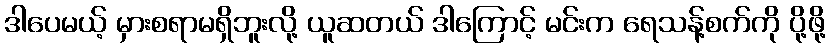
ဒါပေမယ့် မှားစရာမရှိဘူးလို့ ယူဆတယ် ဒါကြောင့် မင်းက ရေသန့်စက်ကို ပို့ဖို့